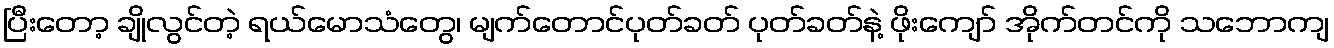
ပြီးတော့ ချိုလွင်တဲ့ ရယ်မောသံတွေ၊ မျက်တောင်ပုတ်ခတ် ပုတ်ခတ်နဲ့ ဖိုးကျော် အိုက်တင်ကို သဘောကျ